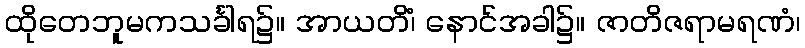
ထိုတေဘူမကသင်္ခါရ၌။ အာယတိံ၊ နောင်အခါ၌။ ဇာတိဇရာမရဏံ၊